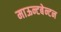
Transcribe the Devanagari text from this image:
माऊन्टबेन्टन